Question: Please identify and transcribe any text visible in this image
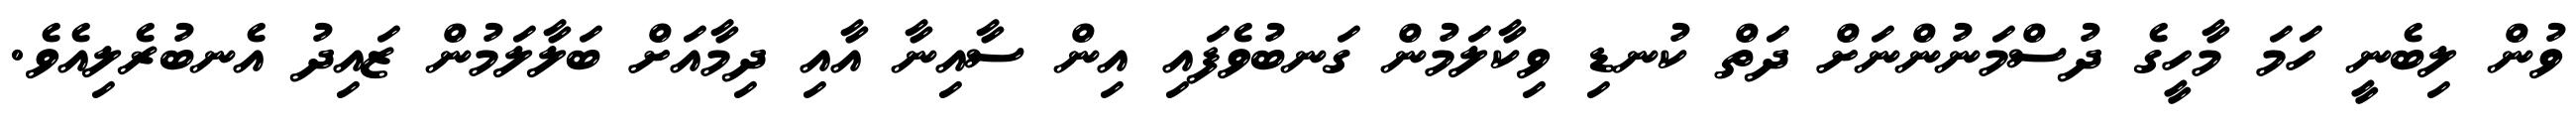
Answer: ވުން ލިބެނީ ހަމަ މާހީގެ ދުސްމަނުންނަށް ދަތް ކުނޑި ވިކާލަމުން ގަނބުވެފައި އިން ސާއިނާ އާއި ދިމާއަށް ބަލާލަމުން ޒައިދު އެނބުރެލިއެވެ.